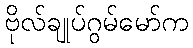
ဗိုလ်ချုပ်ဂွမ်မော်က